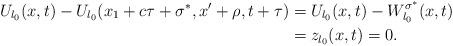
LaTeX: \begin{align*}U_{l_0}(x,t)-U_{l_0}(x_1+c\tau+\sigma^*,x'+\rho,t+\tau)&=U_{l_0}(x,t)-W^{\sigma^*}_{l_0}(x,t)\\&=z_{l_0}(x,t)=0.\end{align*}